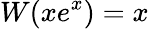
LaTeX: W(xe^{x})=x